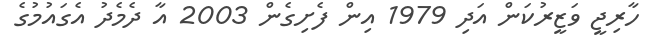
ހާރިޖީ ވަޒީރުކަން އަދި 1979 އިން ފެށިގެން 2003 އާ ދެމެދު އެގައުމުގެ